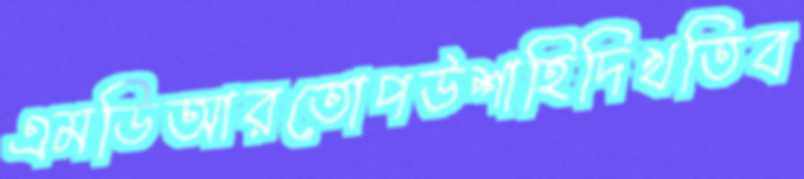
এমডিআরতোপউশাহিদিখতিব